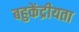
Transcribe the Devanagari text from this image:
बहुकेंद्रीयता